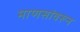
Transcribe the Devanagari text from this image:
माणसांवरून